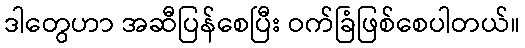
ဒါတွေဟာ အဆီပြန်စေပြီး ဝက်ခြံဖြစ်စေပါတယ်။